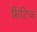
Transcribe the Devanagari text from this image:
फ्रैंटिक